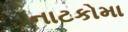
નાટકોમા